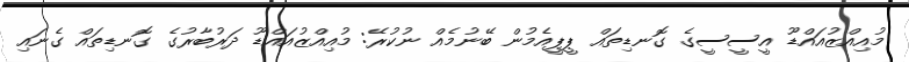
މުއިއްޒުއައްޑޫ އީސީސީގެ ގޮނޑިތައް ޕީޕީއެމުން ބޭނުމެއް ނުކުރޭ: މުއިއްޒުއައްޑޫ ދަރުބާރުގެ ގޮނޑިތައް ގެނައި